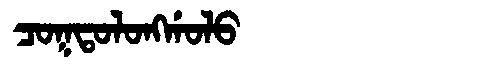
Manchu: ᠴᠣᡴᡨᠣᠯᠣᠩᡤᠣᠯᠣ
Romanization: COKTOLONGGOLO